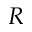
R